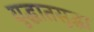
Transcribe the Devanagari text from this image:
युद्धातसुद्धा